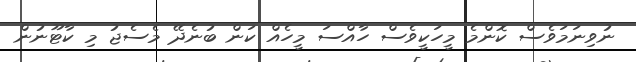
ނުވިނަމަވެސް ކޮންމެ މީހަކީވެސް ހާއްސަ މީހެއް ކަން ބުނެދޭ މެސެޖު މި ކާޓޫނުން